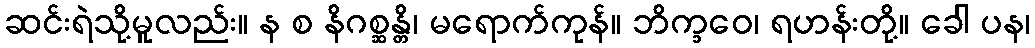
ဆင်းရဲသို့မူလည်း။ န စ နိဂစ္ဆန္တိ၊ မရောက်ကုန်။ ဘိက္ခဝေ၊ ရဟန်းတို့။ ခေါ ပန၊